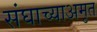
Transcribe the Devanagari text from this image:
संघाच्याअमृत